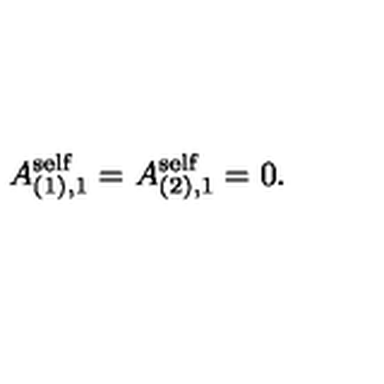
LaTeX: A _ { ( 1 ) , 1 } ^ { \mathrm { s e l f } } = A _ { ( 2 ) , 1 } ^ { \mathrm { s e l f } } = 0 .